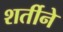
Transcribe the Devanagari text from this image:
शर्तीने